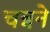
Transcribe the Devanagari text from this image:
चन्नने